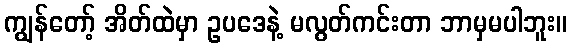
ကျွန်တော့် အိတ်ထဲမှာ ဥပဒေနဲ့ မလွတ်ကင်းတာ ဘာမှမပါဘူး။